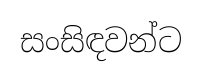
සංසිඳවන්ට